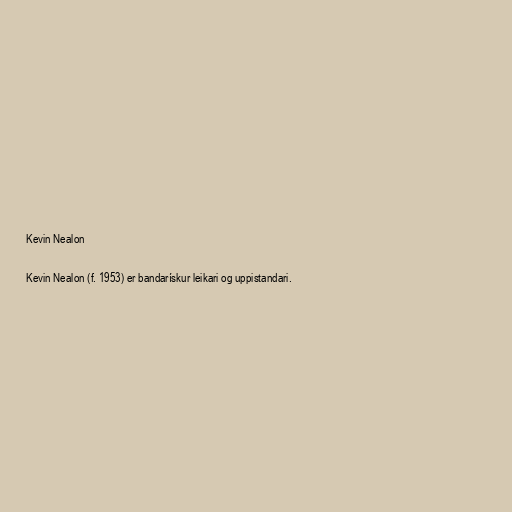
Kevin Nealon

Kevin Nealon (f. 1953) er bandarískur leikari og uppistandari.